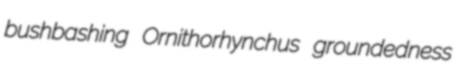
bushbashing Ornithorhynchus groundedness